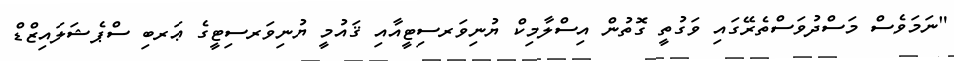
"ނަމަވެސް މަސްދުވަސްތެރޭގައި ވަގުތީ ގޮތުން އިސްލާމިކް ޔުނިވަރސިޓީއާއި ޤައުމީ ޔުނިވަރސިޓީގެ ޢަރބި ސްޕެޝަލައިޒްޑް